Civil Veterinary Department Bihar & Orissa reports 1929-36 - 1929-1936
Year: 1929
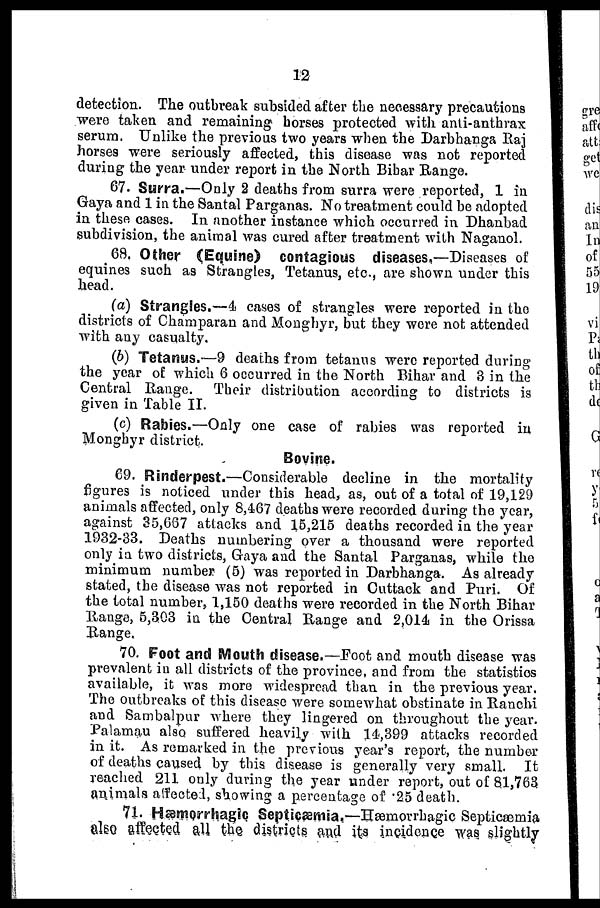
12
detection. The outbreak subsided after the necessary precautions
were taken and remaining horses protected with anti-anthrax
serum. Unlike the previous two years when the Darbhanga Raj
horses were seriously affected, this disease was not reported
during the year under report in the North Bihar Range.
67. Surra.—Only 2 deaths from surra were reported, 1 in
Gaya and 1 in the Santal Parganas. No treatment could be adopted
in these cases. In another instance which occurred in Dhanbad
subdivision, the animal was cured after treatment with Naganol.
68. Other (Equine) contagious diseases.—Diseases of
equines such as Strangles, Tetanus, etc., are shown under this
head.
(a) Strangles.—4 cases of strangles were reported in the
districts of Champaran and Monghyr, but they were not attended
with any casualty,
(b) Tetanus.—9 deaths from tetanus were reported during
the year of which 6 occurred in the North Bihar and 3 in the
Central Range. Their distribution according to districts is
given in Table II.
(c) Rabies.—Only one case of rabies was reported in
Monghyr district.
Bovine.
69. Rinderpest.—Considerable decline in the mortality
figures is noticed under this head, as, out of a total of 19,129
animals affected, only 8,467 deaths were recorded during the year,
against 35,667 attacks and 15,215 deaths recorded in the year
1932-33. Deaths numbering over a thousand were reported
only in two districts, Gaya and the Santal Parganas, while the
minimum number (5) was reported in Darbhanga. As already
stated, the disease was not reported in Cuttack and Puri. Of
the total number, 1,150 deaths were recorded in the North Bihar
Range, 5,303 in the Central Range and 2,014 in the Orissa
Range.
70. Foot and Mouth disease.—Foot and mouth disease was
prevalent in all districts of the province, and from the statistics
available, it was more widespread than in the previous year.
The outbreaks of this disease were somewhat obstinate in Ranchi
and Sambalpur where they lingered on throughout the year.
Palamau also suffered heavily with 14,399 attacks recorded
in it. As remarked in the previous year's report, the number
of deaths caused by this disease is generally very small. It
reached 211 only during the year under report, out of 81,763
animals affected, showing a percentage of .25 death.
71. Hæmorrhagic Septicæmia.—Hæmorrhagic Septicæmia
also affected all the districts and its incidence was slightly